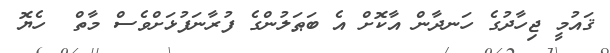
ޤައުމީ ޖިހާދުގެ ހަނދާން އާކޮށް އެ ބަޠަލުންގެ ފުރާނަފުޅަށްވެސް މާތް  ހެޔޮ